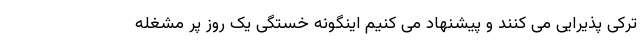
ترکی پذیرایی می کنند و پیشنهاد می کنیم اینگونه خستگی یک روز پر مشغله